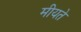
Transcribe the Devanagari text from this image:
मीयते